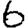
Digit: 6